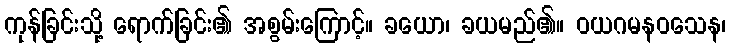
ကုန်ခြင်းသို့ ရောက်ခြင်း၏ အစွမ်းကြောင့်။ ခယော၊ ခယမည်၏။ ဝယဂမနဝသေန၊